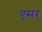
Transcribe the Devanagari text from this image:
एसर्